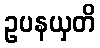
ဥပနယှတိ